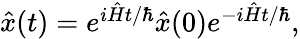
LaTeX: \begin{array}{r}{{\hat{x}}(t)=e^{i{\hat{H}}t/\hbar}{\hat{x}}(0)e^{-i{\hat{H}}t/\hbar},}\end{array}